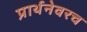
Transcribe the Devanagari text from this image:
प्रार्थनेवरच